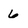
Character: 6